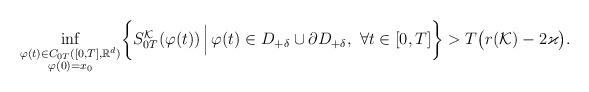
LaTeX: \begin{align*}\inf_{\substack{\varphi(t) \in C_{0T}([0,T], \mathbb{R}^d) \\ \varphi(0)=x_0}} \biggl \{ S_{0T}^{\mathcal{K}}(\varphi(t)) \, \Bigl \vert \,\varphi(t) \in D_{+\delta} \cup \partial D_{+\delta}, \, \, \forall t \in [0, T] \biggr \} > T\bigl(r({\mathcal{K}}) - 2 \varkappa \bigr). \end{align*}